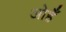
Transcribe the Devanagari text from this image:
ओहँ